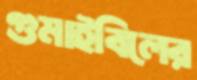
গুমাইবিলের